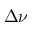
\Delta \nu _ { }